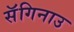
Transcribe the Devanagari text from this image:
सॅगिनाउ